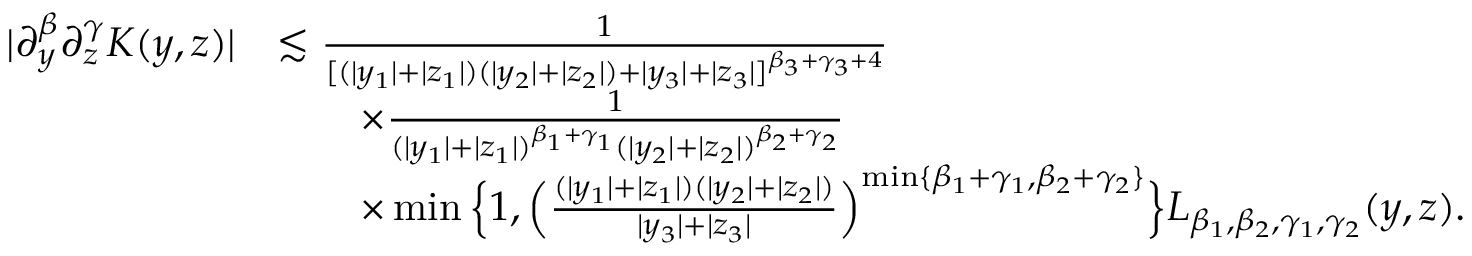
\begin{array} { r l } { | \partial _ { y } ^ { \beta } \partial _ { z } ^ { \gamma } K ( y , z ) | } & { \lesssim \frac 1 { [ ( | y _ { 1 } | + | z _ { 1 } | ) ( | y _ { 2 } | + | z _ { 2 } | ) + | y _ { 3 } | + | z _ { 3 } | ] ^ { \beta _ { 3 } + \gamma _ { 3 } + 4 } } } \\ & { \qquad \times \frac 1 { ( | y _ { 1 } | + | z _ { 1 } | ) ^ { \beta _ { 1 } + \gamma _ { 1 } } ( | y _ { 2 } | + | z _ { 2 } | ) ^ { \beta _ { 2 } + \gamma _ { 2 } } } } \\ & { \qquad \times \operatorname* { m i n } \Big \{ 1 , \Big ( \frac { ( | y _ { 1 } | + | z _ { 1 } | ) ( | y _ { 2 } | + | z _ { 2 } | ) } { | y _ { 3 } | + | z _ { 3 } | } \Big ) ^ { \operatorname* { m i n } \{ \beta _ { 1 } + \gamma _ { 1 } , \beta _ { 2 } + \gamma _ { 2 } \} } \Big \} L _ { \beta _ { 1 } , \beta _ { 2 } , \gamma _ { 1 } , \gamma _ { 2 } } ( y , z ) . } \end{array}